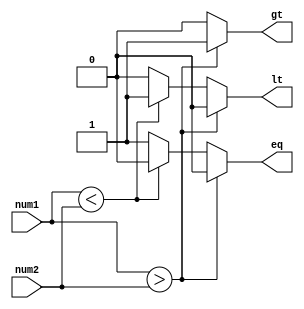
module inequality_comparator(
    input signed [7:0] num1,
    input signed [7:0] num2,
    output reg gt, // greater than flag
    output reg lt, // less than flag
    output reg eq  // equal flag
);

always @(*) begin
    if(num1 > num2)
        begin
            gt = 1;
            lt = 0;
            eq = 0;
        end
    else if(num1 < num2)
        begin
            gt = 0;
            lt = 1;
            eq = 0;
        end
    else
        begin
            gt = 0;
            lt = 0;
            eq = 1;
        end
end

endmodule